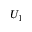
U _ { 1 }